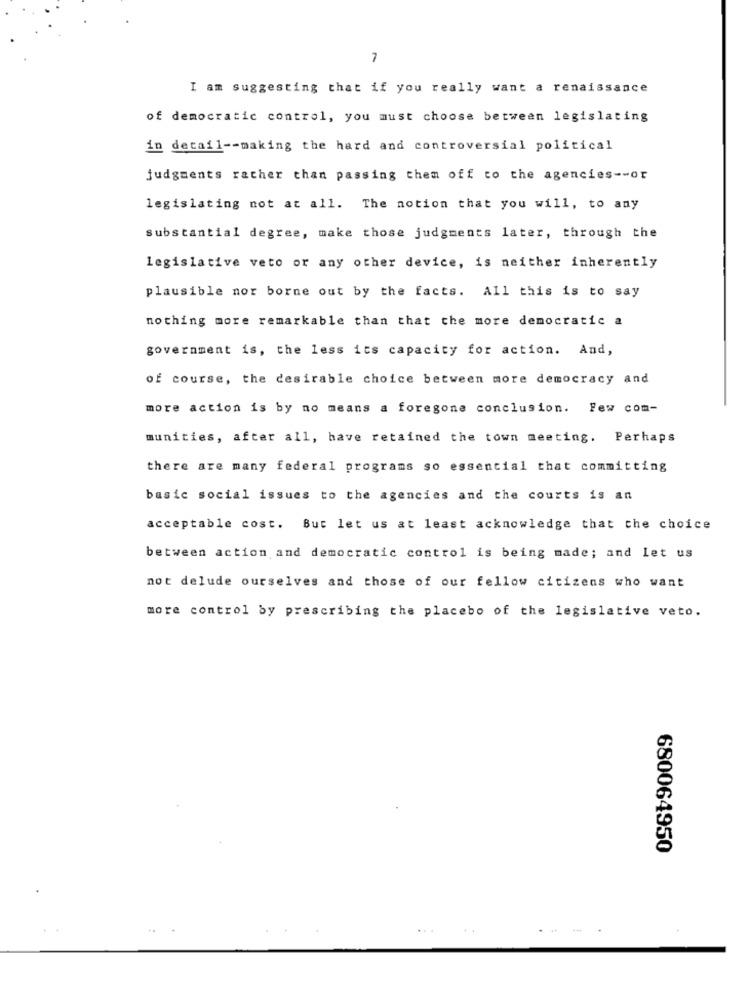
7
I am suggesting that if you really want a renaissance
of democratic control, you must choose between legislating
in detail -- making the hard and controversial political
judgments rather than passing them off to the agencies -- or
legislating not at all. The notion that you will, to any
substantial degree, make those judgments later, through the
legislative veto or any other device, is neither inherently
plausible nor borne out by the facts. All this is to say
nothing more remarkable than that the more democratic a
government is, the less its capacity for action. And,
of course, the desirable choice between more democracy and
more action is by no means a foregone conclusion. Few com-
munities, after all, have retained the town meeting. Perhaps
there are many federal programs so essential that committing
basic social issues to the agencies and the courts is an
acceptable cost. But let us at least acknowledge that the choice
between action and democratic control is being made; and let us
not delude ourselves and those of our fellow citizens who want
more control by prescribing the placebo of the legislative veto.
680064950